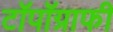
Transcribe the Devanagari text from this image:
टॉपॉग्राफी